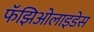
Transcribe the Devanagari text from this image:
फॅझिओलाइडेस